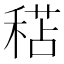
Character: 𥠯